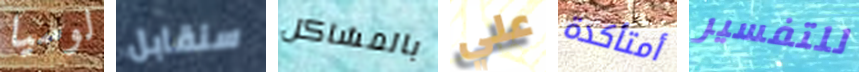
لوسيا سنقابل بالمشاكل علي أمتأكدة للتفسير